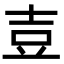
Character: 壴